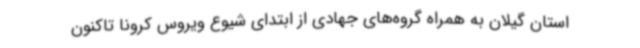
استان گیلان به همراه گروه‌های جهادی از ابتدای شیوع ویروس کرونا تاکنون